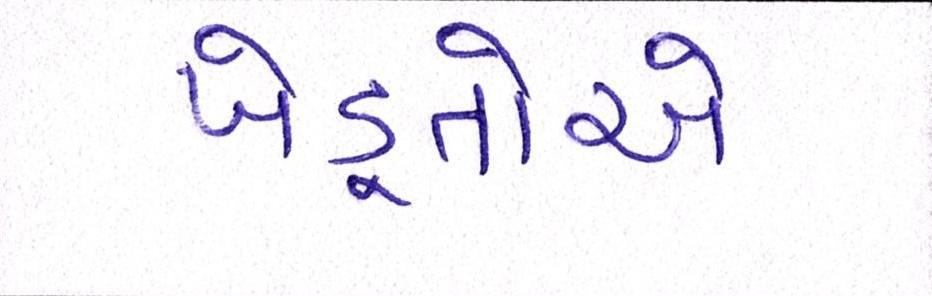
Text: ખેડ઼ૂતોએ